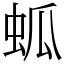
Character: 蛌